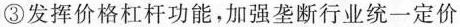
③发挥价格杠杆功能，加强垄断行业统一定价